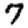
Digit: 7